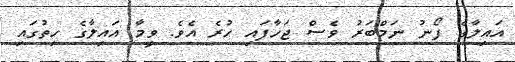
އައިލާގެ ފޯނު ނަމްބަރު ވެސް ޖަހާފައި ހުރެ އެވެ. ވީމާ އައިލާގެ ހިތުގައި